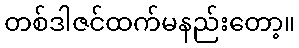
တစ်ဒါဇင်ထက်မနည်းတော့။